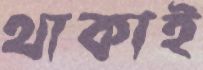
থাকাই